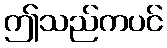
ဤသည်ကပင်